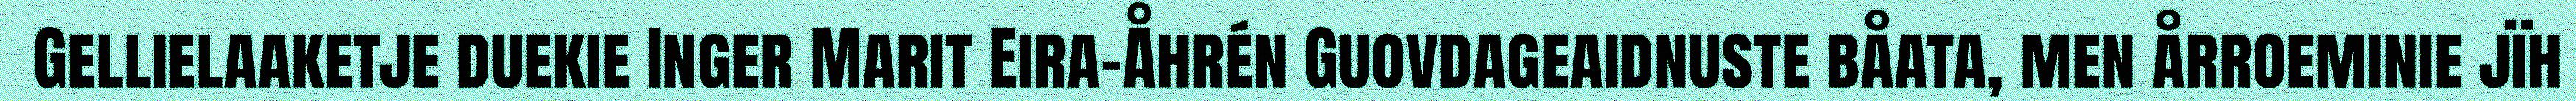
Gellielaaketje duekie Inger Marit Eira-Åhrén Guovdageaidnuste båata, men årroeminie jïh